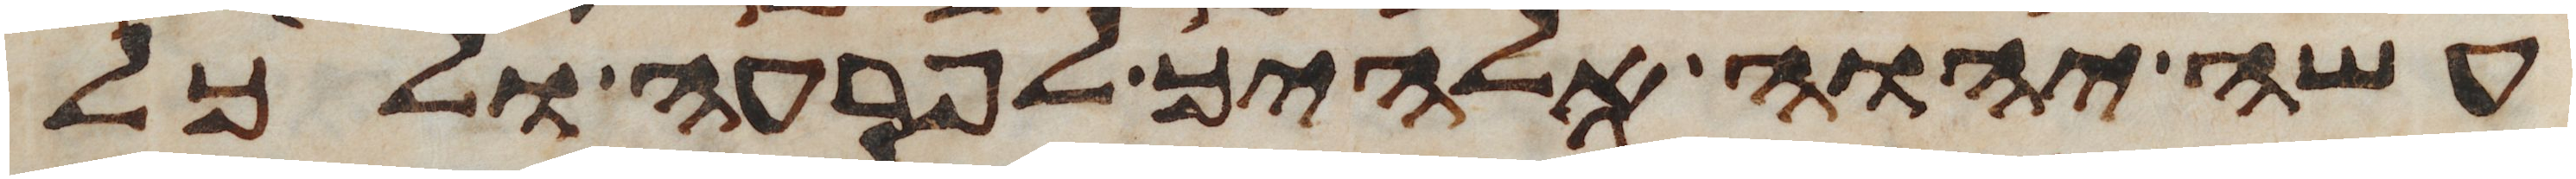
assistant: עשה יהוה אלהיך לפרעה ולכל